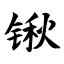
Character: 锹